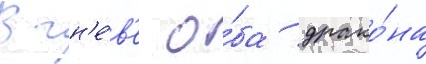
В гн'е́в'е о́ба драко́на